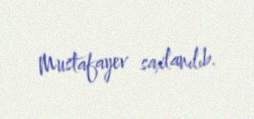
Mustafayev saxlanılıb.